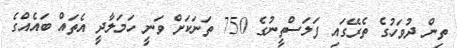
ތިން ދުވަހުގެ ތެރޭގައި ފަލަސްތީނުގެ 750 ތަނަކަށް ވަނީ ހަމަލާދީ އެތައް ބައެއްގެ